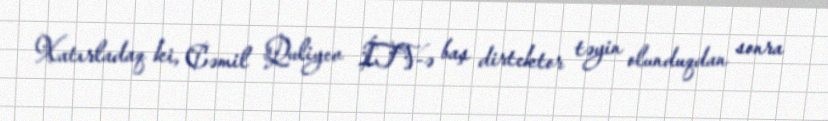
Xatırladaq ki, Cəmil Quliyev İTV-ə baş dirtektor təyin olunduqdan sonra